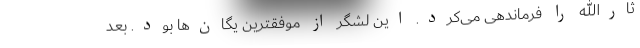
ثارالله را فرماندهی می‌کرد. این لشگر از موفقترین یگان‌ها بود. بعد